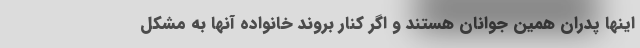
اینها پدران همین جوانان هستند و اگر کنار بروند خانواده آنها به مشکل